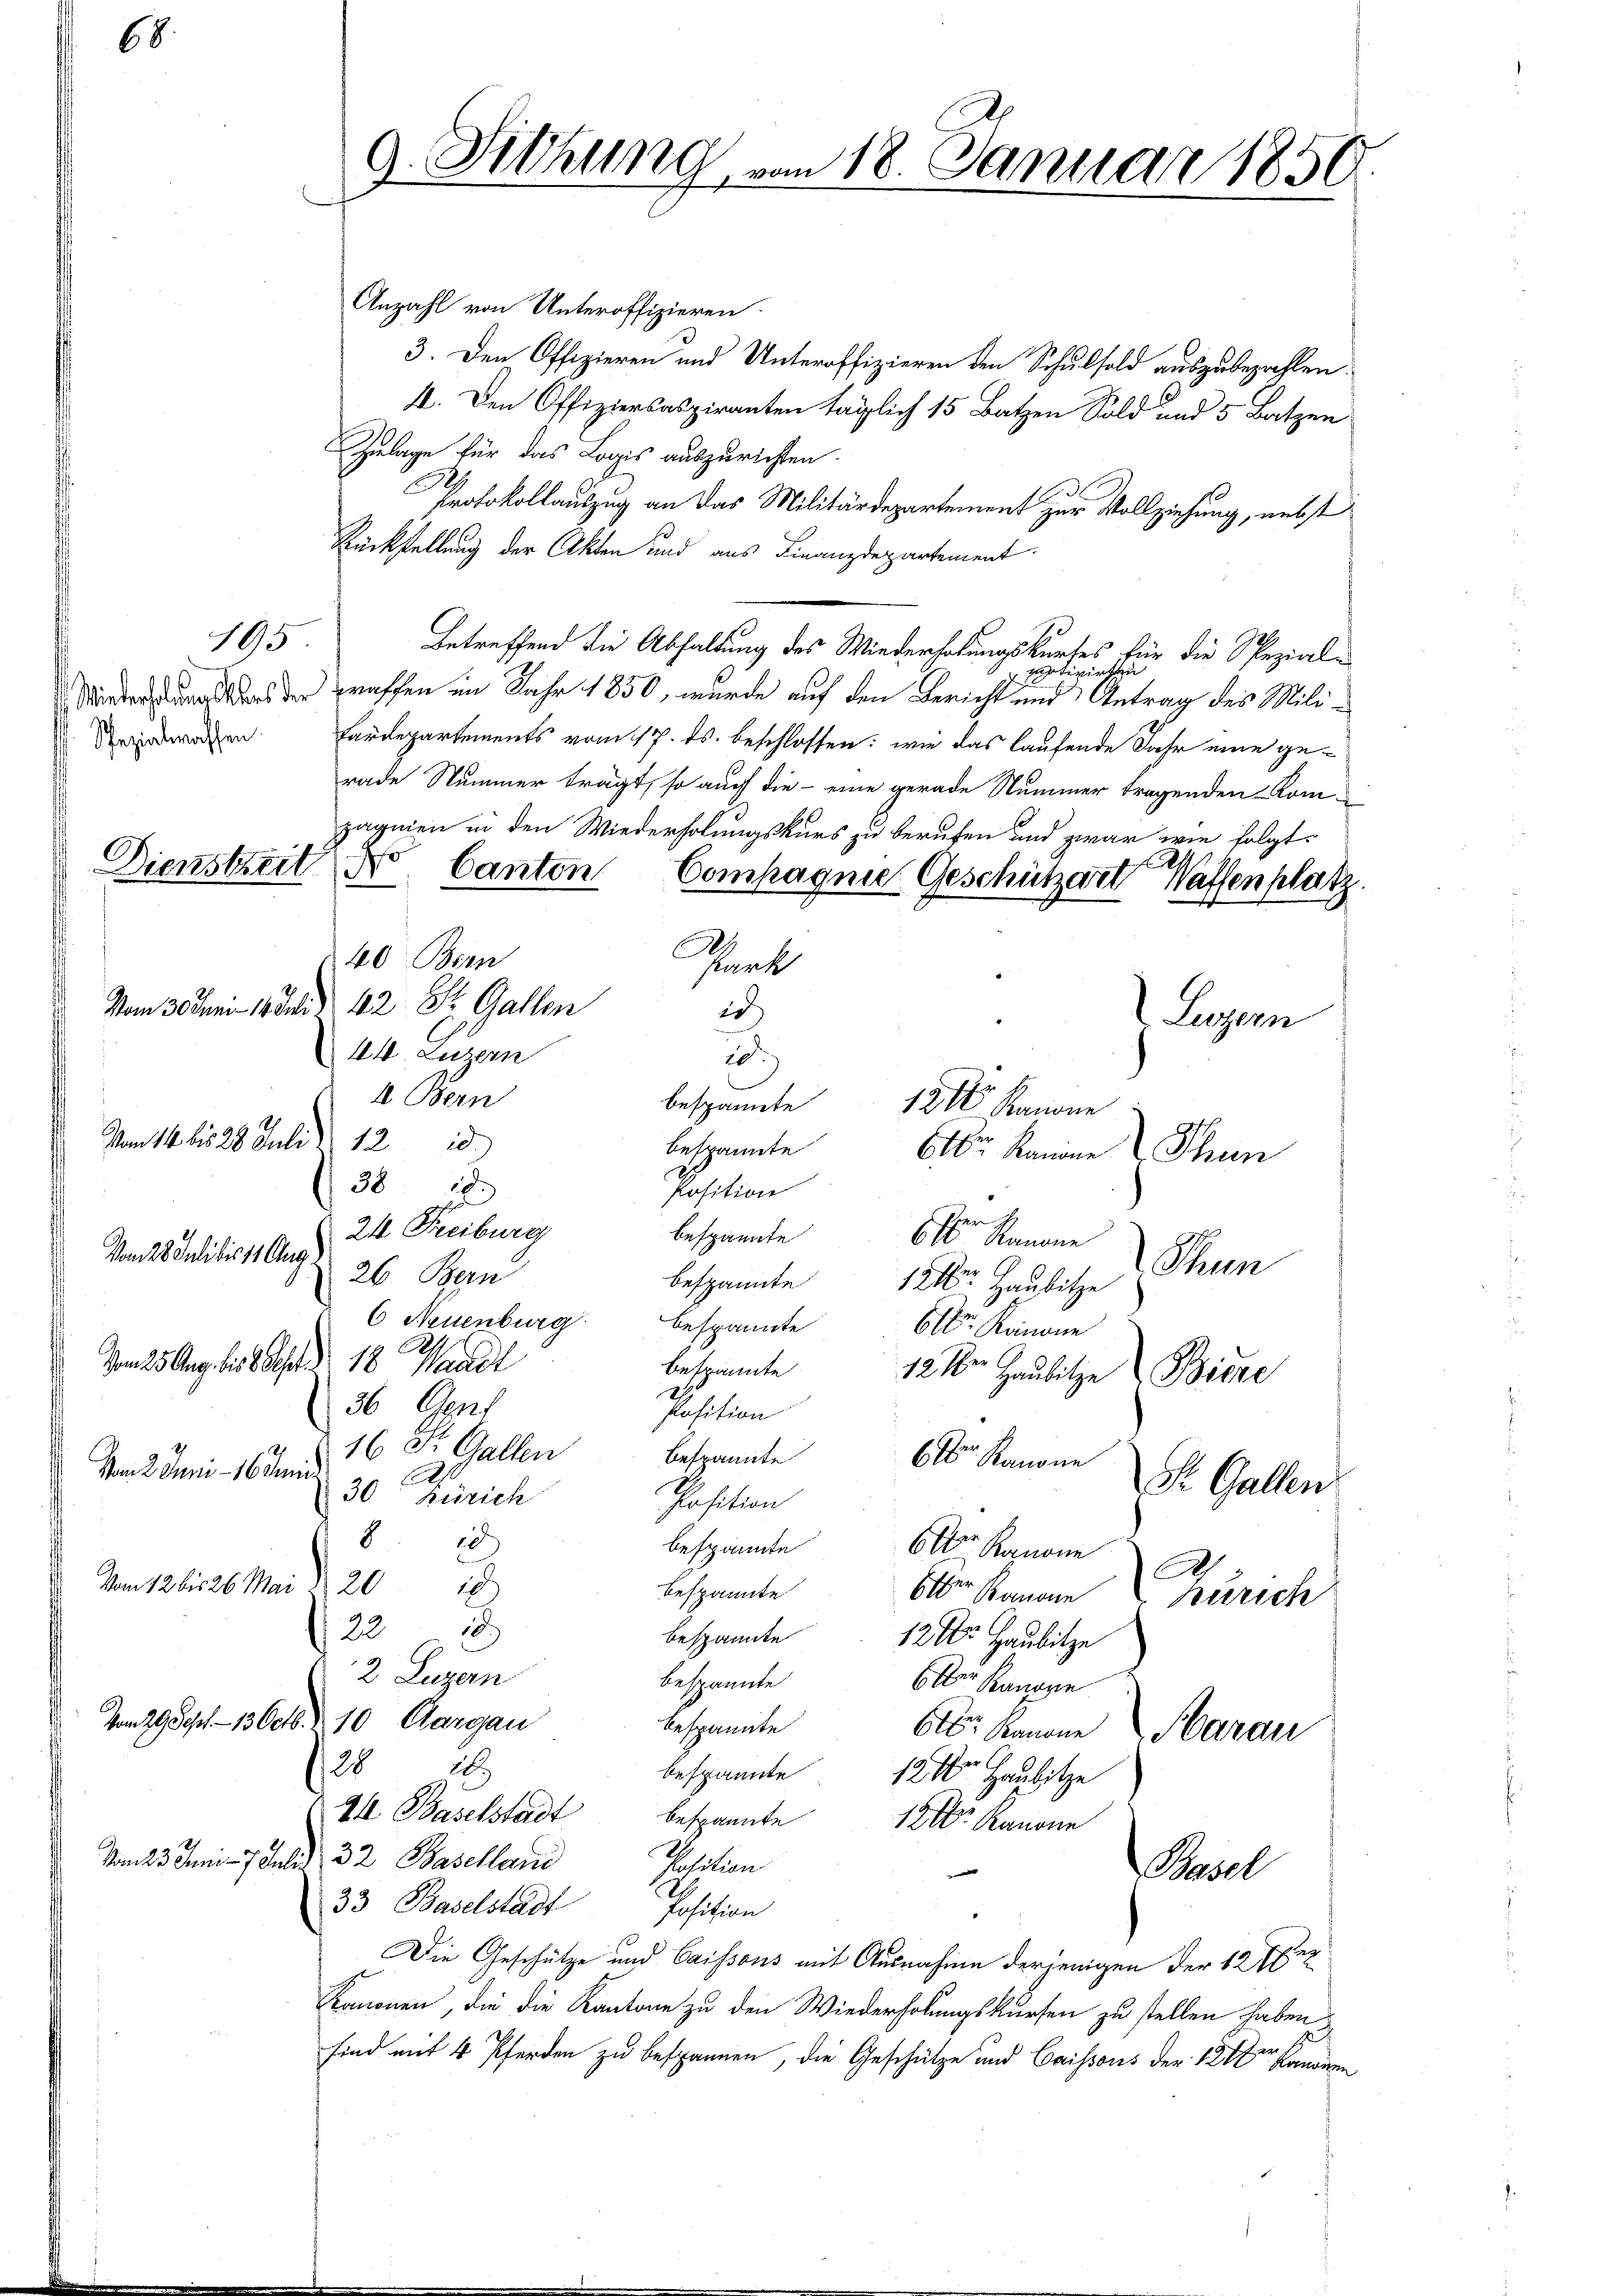
68.

195

J
a. Sitzung vom 18. Januar 1856

Anzahl von Unteroffizieren.
3. Den Offizieren und Unteroffizieren den Schulsold auszubezahlen.
1. Den Offiziersaspiranten täglich 15 Batzen Sold und 5 Batzen
Zulage für das Logis auszurichten.
Protokollauszug an das Militärdepartement zur Vollziehung, nebst
Rückstellung der Akten und aus Finanzdepartement.
Betreffend die Abhaltung des Wiederholungskurses für die Spezialpotivirten
Winters Was der graffen im Jahr 1850, wurde auf den Bericht und Antrag des Mili¬
Sedwagen Fardepartements vom 17. ds. beschlossen: wie das laufende Jahr eine gerade Nummer trägt, so auch die - eine gerade Nummer tragenden Kompagnien in den Wiederholungskurs zu berufen und zwar wie folgt,
Dienstzeit No. Canton Compagnie Geschützert Waffenplatz.
E
40 Bern
unk
Vom 30 Juni 1881. 42 St. Gallen
2
Luzern
44 Luzern
.
4 Bern
bespannte
12 Kanone
Vom 14. bis 28. Juli 1218)
bespannte
6 Kanone
Thun
38 18.
Position
.
24 Freiburg
bespannte
6r Kanone
Vom 28 Juli bis 18 Aug
Thun
26 Bern
bespannte 121 Hausitze
6 Neuenburg bespannte
6r Kanone
As
Vom 25. Aug. bis 8 Jahr 18 Waadt
befrannte
12 Xr. Haubitze Bicke
2
36 Cent
Position
16 St. Gallen
Bespannter Kanone
Vom 2. Juni 16 Juni
.
S. Gallen
30 Zürich
Position
8 19)
bespannte
60 Kanone
a
Vom 12 bis 26. Mai d. 2018
bespannte
Otter Kanone Zürich
222
bespannte
12 Xr Hausitze
2 Luzern
bespannte
Olber Kanone
Vom 29. Sept. 13 Octb. 10. Aargau
bespannte
6r Kanone Harau
28 18
bespannte. 121 Haubitze
II. Baselstadt bespannte 12 Kanone
Vom 23. Juni 7. Juli 32 Baselland
Position

Basel
33 Baselstadt
Joschien
Die Geschütze und Caissous mit Ausnahme derjenigen der 1272
Kommonen, die die Kantone zu den Wiederholungskursen zu stellen haben,
sind mit 4 Pferden zu bespannen, die Geschütze und Caissous der 1212 Landen